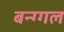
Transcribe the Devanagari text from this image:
बन्ग्गल